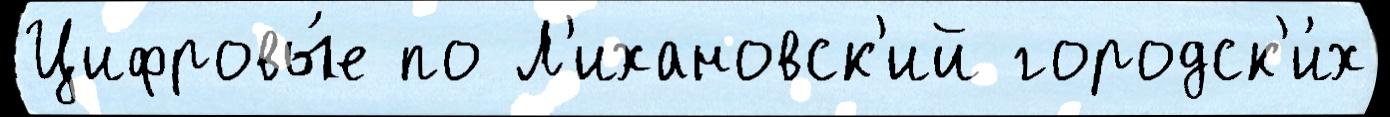
Цифровы́е по Л'ихановск'ий городск'и́х